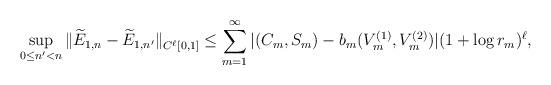
LaTeX: \begin{align*}\sup_{0\leq n'<n} \|\widetilde E_{1,n}-\widetilde E_{1,n'}\|_{C^{\ell}[0,1]}\leq \sum_{m=1}^{\infty}|(C_m,S_m)-b_m(V_m^{(1)},V_m^{(2)})|(1+\log r_m)^{\ell},\end{align*}